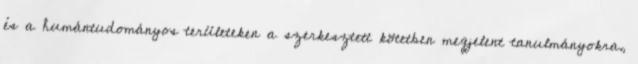
és a humántudományos területeken a szerkesztett kötetben megjelent tanulmányokra,